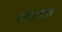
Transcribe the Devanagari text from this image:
खालवला